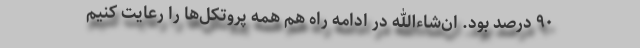
۹۰ درصد بود. ان‌شاءالله در ادامه راه هم همه پروتکل‌ها را رعایت کنیم